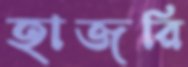
হাজরি